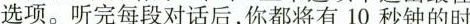
选项.听完每段对话后,你都将有10秒钟的时